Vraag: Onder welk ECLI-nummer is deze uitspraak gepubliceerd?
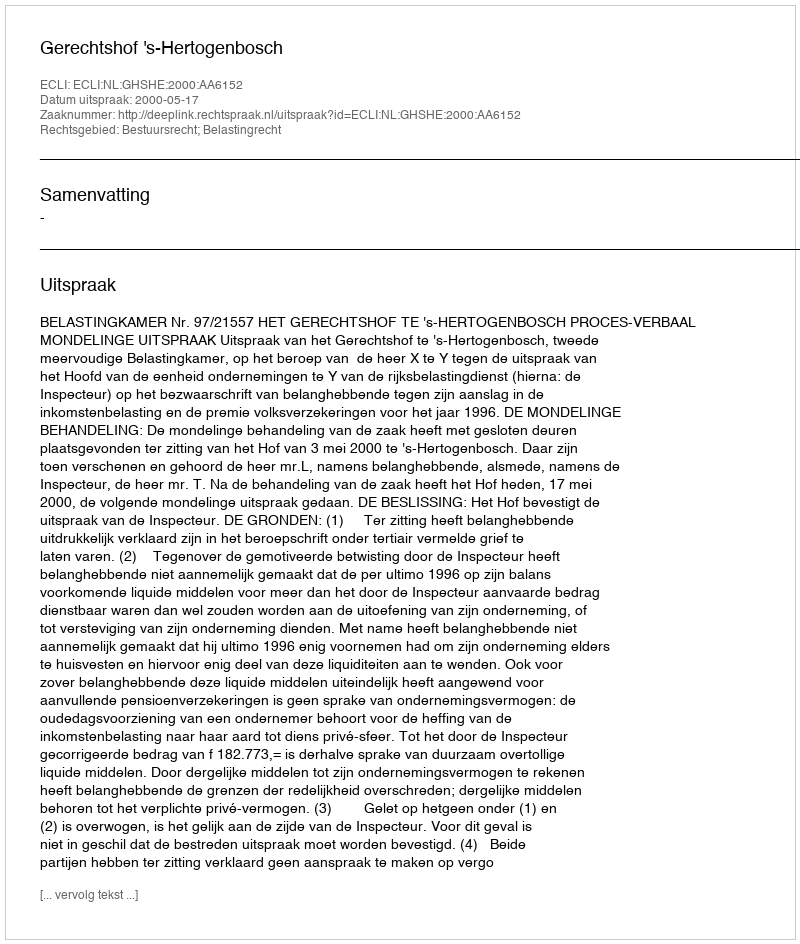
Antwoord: ECLI:NL:GHSHE:2000:AA6152